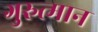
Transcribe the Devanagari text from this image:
गुरुत्मान